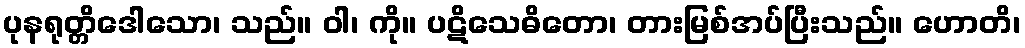
ပုနရုတ္တိဒေါသော၊ သည်။ ဝါ၊ ကို။ ပဋိသေဓိတော၊ တားမြစ်အပ်ပြီးသည်။ ဟောတိ၊